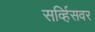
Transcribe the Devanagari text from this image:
सर्व्हिसवर